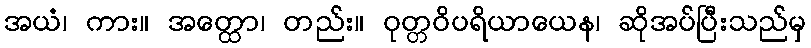
အယံ၊ ကား။ အတ္ထော၊ တည်း။ ဝုတ္တဝိပရိယာယေန၊ ဆိုအပ်ပြီးသည်မှ